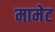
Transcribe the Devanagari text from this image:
मामेट